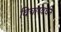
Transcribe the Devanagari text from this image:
विचारवर्धन